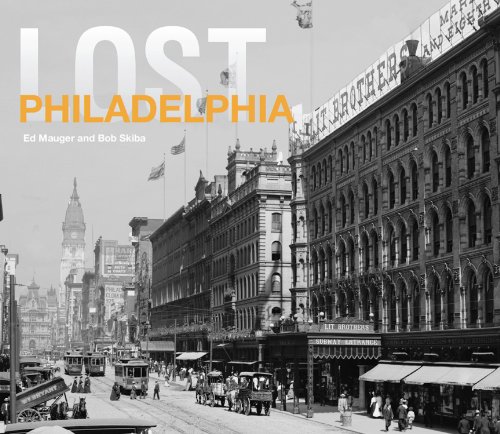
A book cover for Lost Philadelphia; Ed Mauger; Arts & Photography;